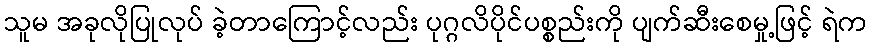
သူမ အခုလိုပြုလုပ် ခဲ့တာကြောင့်လည်း ပုဂ္ဂလိပိုင်ပစ္စည်းကို ပျက်ဆီးစေမှု့ဖြင့် ရဲက